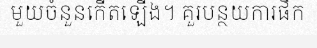
មួយចំនួនកើតឡើង។ គួរបន្ថយការផឹក